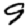
Digit: 9